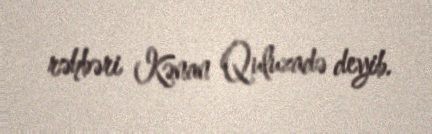
rəhbəri Kənan Quluzadə deyib.